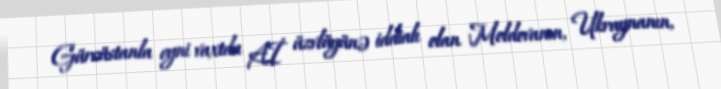
Gürcüstanla eyni vaxtda Aİ üzvlüyünə iddialı olan Moldovanın, Ukraynanın,